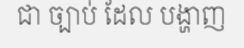
ជា ច្បាប់ ដែល បង្ហាញ